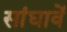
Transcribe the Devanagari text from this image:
सांघावें